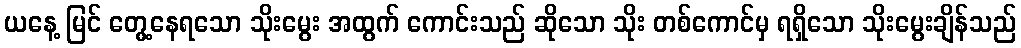
ယနေ့ မြင် တွေ့နေရသော သိုးမွေး အထွက် ကောင်းသည် ဆိုသော သိုး တစ်ကောင်မှ ရရှိသော သိုးမွေးချိန်သည်